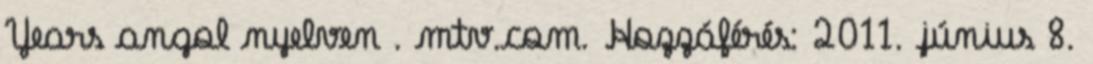
Years angol nyelven . mtv.com. Hozzáférés: 2011. június 8.